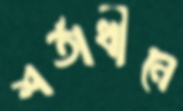
শর্তাধীনে